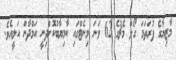
މާޒިޔާގެ ފުރަތަމަ ގޯލް މެޗުގެ 62 ވަނަ މިނެޓްގައި ކާމިޔާބުކޮށްދިނީ އަމްދާން އަލީއެވެ.